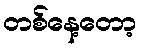
တစ်နေ့တော့